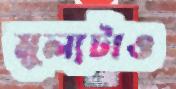
মূল্যটাও